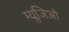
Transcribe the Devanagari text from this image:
म्युजिओ